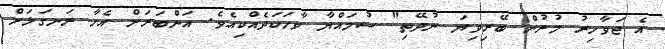
އެ ޖަވާހިރު މުށުން ބޭރިވިޔަ ނުދޭތި" ސުމައްޔާ ވާހަކަދެއްކިއެވެ. އަންބަރަށް އެހާ ރަނގަޅަށް